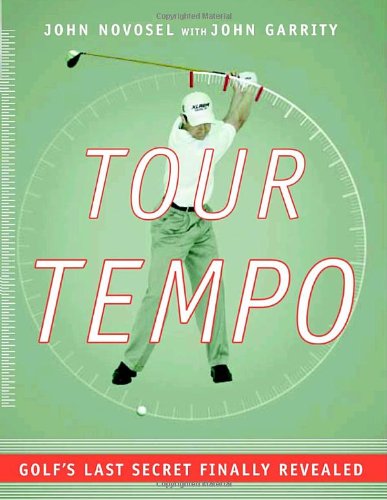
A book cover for Tour Tempo: Golf's Last Secret Finally Revealed (Book & CD-ROM); John Novosel; Sports & Outdoors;